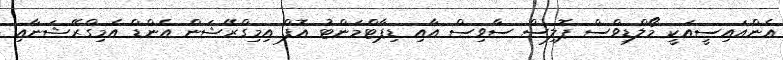
އެންއައިސީއަކީ މޯލްޑިވްސް ޕޮލިސް ސާވިސް އާއި ޑިޕާޓްމަންޓު އޮފް އިމިގްރޭޝަން އެންޑް އެމިގްރޭޝަނާއި